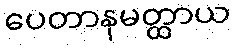
ပေတာနမတ္ထာယ